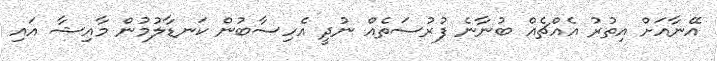
އޭނާއަށް އިތުރު އެއްޗެއް ބުނާނެ ފުރުސަތެއް ނުދީ އެހިސާބުން ކަނޑާލުމުން މާއިޝާ އައި